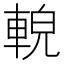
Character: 䡚